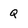
Character: Q